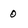
Character: 0